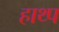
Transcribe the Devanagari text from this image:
हाथ्प